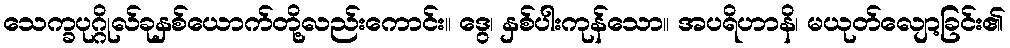
သေက္ခပုဂ္ဂိုလ်ခုနှစ်ယောက်တို့လည်းကောင်း။ ဒွေ၊ နှစ်ပါးကုန်သော။ အပရိဟာနိ၊ မယုတ်လျော့ခြင်း၏